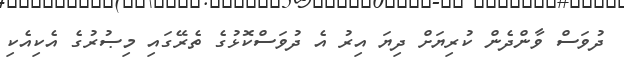
ދުވަސް ވާންދެން ކުރިޔަށް ދިޔަ އިރު އެ ދުވަސްކޮޅުގެ ތެރޭގައި މިޞުރުގެ އެކިއެކި